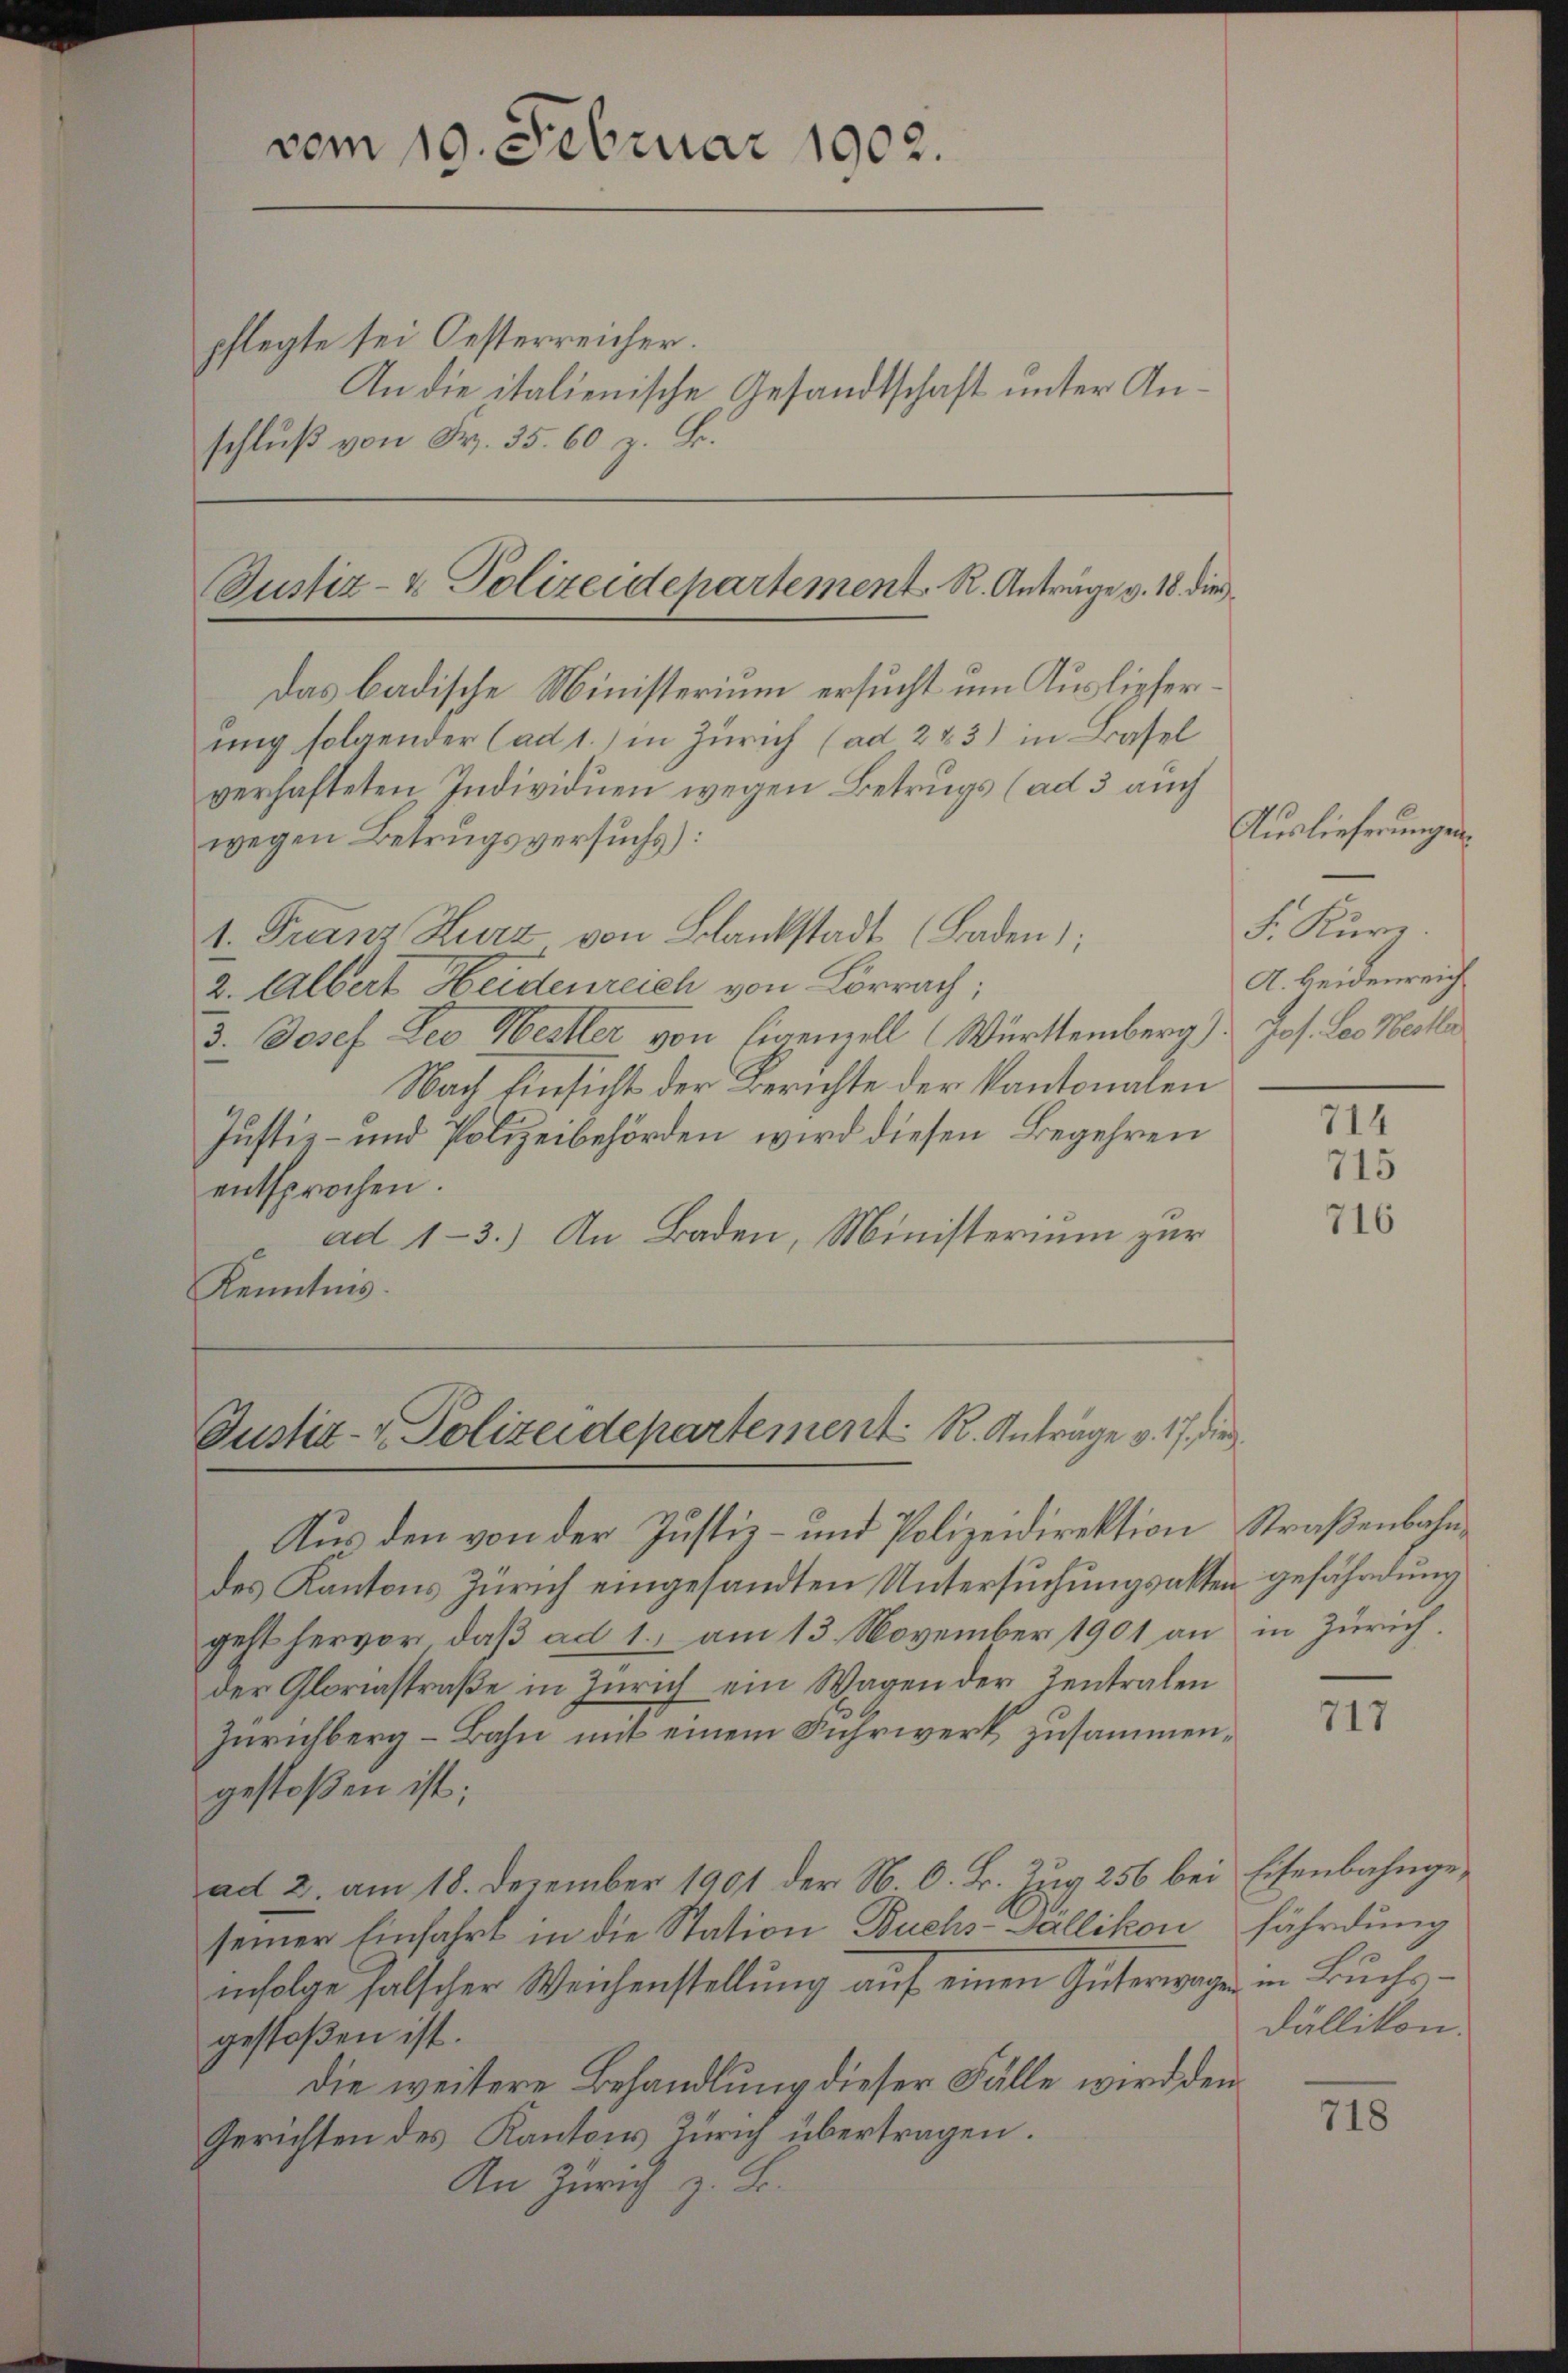
vom 19. Februar 1902.

pflegte sei Oesterreicher.
schluß von Fr. 35. 60 z. B.

Das badische Ministerium ersucht um Auslieferung folgender (ad 1.) in Zürich (ad 283) in Basel
verhafteten Individuen wegen Betrugs (ad 3 auch
wegen Betrugsversuchs):
1. Franz Kurz von Blankstadt (Baden);
2. Albert Heidenreich von Lörrach,
3. Josef Leo Weiter von Eigenzell (Württemberg) Jos. Leo Weitli
Nach Einsicht der Berichte der Kantonalen
Justiz- und Polizeibehörden wird diesen Begehren
entsprochen.
ad 1-3.) An Baden, Ministerium zur
Kenntnis.

des Kantons Zürich eingesandten Untersŭchŭngsakten gefährdung
geht hervor, daß ad 1., am 13. November 1901 an in Zürich,
der Gloriastraβe in Zürich ein Wagen der Zentralen
Zürichberg-Bahn mit einem Fuhrwerk zusammengestoßen ist;
ad 2. am 18. Dezember 1901 der N. O. B. Zug 256 bei Eisenbahngeseiner Einfahrt in die Station Buchs-Gallikon fährdung
infolge falscher Weichenstellung auf einen Güterwagen in Buchsgestoßen ist.
die weitere Behandlung dieser Fälle wird den
Gerichten des Kantons Zürich übertragen.
An Zürich

An die italienische Gesandtschaft unter An¬

Justiz- & Polizeidepartement R. Anträge v. 18. dies

Justiz- & Polizeidepartement K. Anträge v. 17. die

Auslieferungen
F. Kuri
A. Heidenreich

Aus den von der Justiz- und Polizeidirektion Straßenbahn¬

714
715
716

717

Dällikon.

718